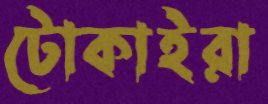
টোকাইরা